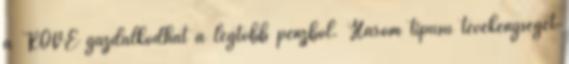
a ROVE gazdálkodhat a legtöbb pénzből. Három típusú tevékenységet